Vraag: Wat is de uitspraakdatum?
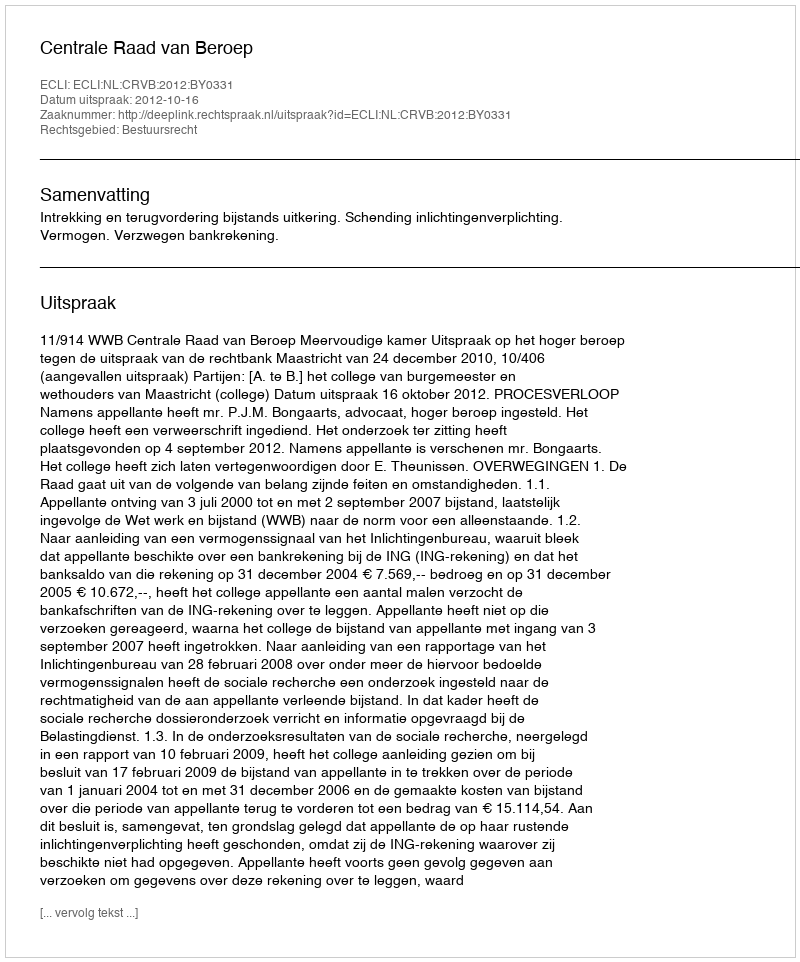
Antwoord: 2012-10-16